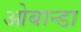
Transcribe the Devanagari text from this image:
ओबान्डा